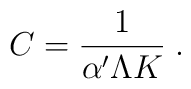
C=\frac{1}{\alpha' \Lambda K}\; .